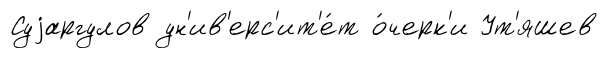
Суjаргулов ун'ив'ерс'ит'е́т о́черк'и Ут'яшев